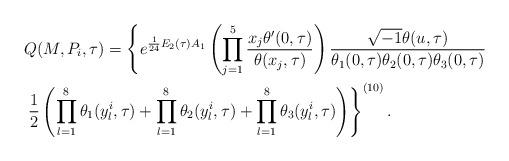
LaTeX: \begin{align*}&Q(M,P_i,\tau)=\left\{e^{\frac{1}{24}E_2(\tau)A_1}\left(\prod_{j=1}^{5}\frac{x_j\theta'(0,\tau)}{\theta(x_j,\tau)}\right)\frac{\sqrt{-1}\theta(u,\tau)}{\theta_1(0,\tau)\theta_2(0,\tau)\theta_3(0,\tau)}\right.\\&\left.\frac{1}{2}\left(\prod_{l=1}^8\theta_1(y_l^i,\tau)+\prod_{l=1}^8\theta_2(y_l^i,\tau)+\prod_{l=1}^8\theta_3(y_l^i,\tau)\right)\right\}^{(10)}.\end{align*}